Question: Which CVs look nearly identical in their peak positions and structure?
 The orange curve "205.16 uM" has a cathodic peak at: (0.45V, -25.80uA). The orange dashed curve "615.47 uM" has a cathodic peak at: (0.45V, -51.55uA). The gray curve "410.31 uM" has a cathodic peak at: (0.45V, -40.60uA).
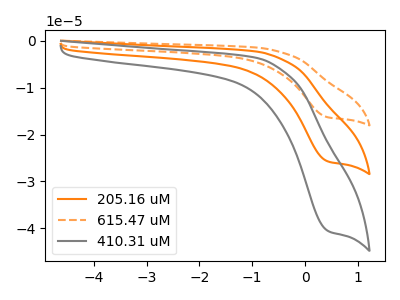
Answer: <think>All the peaks in "205.16 uM" have a peak in "615.47 uM" at the same potential. Every peak in "205.16 uM" is lower than every peak in "615.47 uM". All the peaks in "205.16 uM" have a peak in "410.31 uM" at the same potential. Every peak in "205.16 uM" is lower than every peak in "410.31 uM". All the peaks in "615.47 uM" have a peak in "410.31 uM" at the same potential. Every peak in "615.47 uM" is higher than every peak in "410.31 uM".
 </think>
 <answer>"410.31 uM", "205.16 uM" and "615.47 uM" have the same shape and are likely CV's of the same chemical.</answer>
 <eval>"410.31 uM" "205.16 uM" "615.47 uM"</eval>